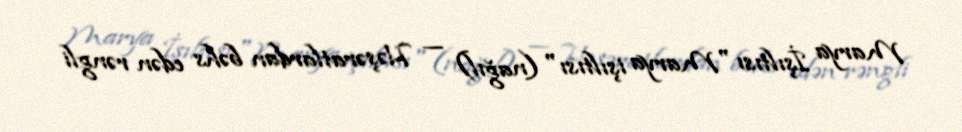
Marya İşıltısı "Marya işıltısı" (nağıl) — Həşəratlardan bəhs edən rəngli